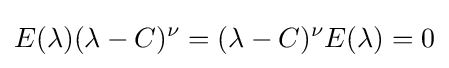
E(\lambda )(\lambda -C)^{\nu }=(\lambda -C)^{\nu }E(\lambda )=0